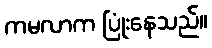
ကမလာက ပြုံးနေသည်။